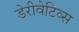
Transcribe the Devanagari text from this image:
डेरीवेटिव्स